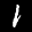
Label: 1